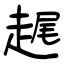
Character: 趘